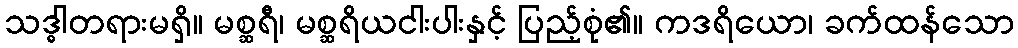
သဒ္ဓါတရားမရှိ။ မစ္ဆရီ၊ မစ္ဆရိယငါးပါးနှင့် ပြည့်စုံ၏။ ကဒရိယော၊ ခက်ထန်သော